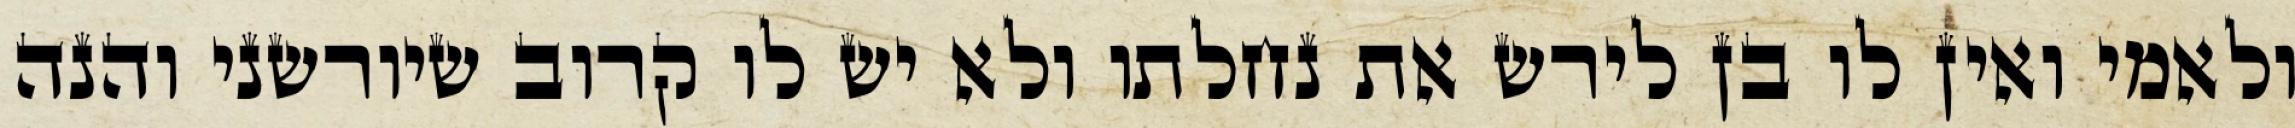
ולאמי ואין לו בן לירש את נחלתו ולא יש לו קרוב שיורשני והנה